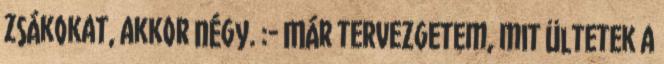
zsákokat, akkor négy. :- Már tervezgetem, mit ültetek a